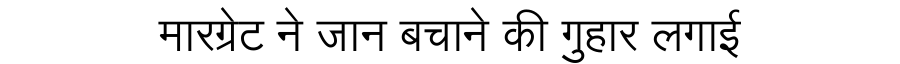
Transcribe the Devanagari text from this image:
मारग्रेट ने जान बचाने की गुहार लगाई